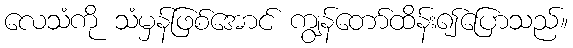
လေသံကို သံမှန်ဖြစ်အောင် ကျွန်တော်ထိန်း၍ပြောသည်။